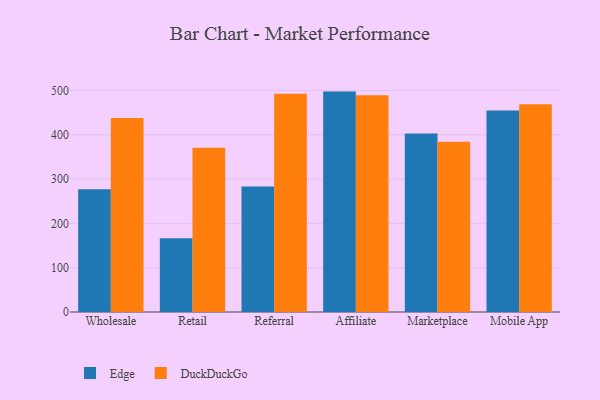
{"axis": {"x": "Channel", "y": "Market Share (%)"}, "legend": ["DuckDuckGo", "Edge"], "data": [{"x": "Wholesale", "y": 277.0, "type": "Edge"}, {"x": "Wholesale", "y": 438.1, "type": "DuckDuckGo"}, {"x": "Retail", "y": 166.6, "type": "Edge"}, {"x": "Retail", "y": 370.4, "type": "DuckDuckGo"}, {"x": "Referral", "y": 283.0, "type": "Edge"}, {"x": "Referral", "y": 492.7, "type": "DuckDuckGo"}, {"x": "Affiliate", "y": 497.4, "type": "Edge"}, {"x": "Affiliate", "y": 489.3, "type": "DuckDuckGo"}, {"x": "Marketplace", "y": 402.9, "type": "Edge"}, {"x": "Marketplace", "y": 384.3, "type": "DuckDuckGo"}, {"x": "Mobile App", "y": 454.6, "type": "Edge"}, {"x": "Mobile App", "y": 469.0, "type": "DuckDuckGo"}]}